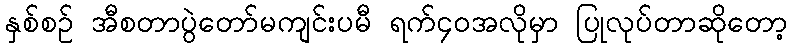
နှစ်စဉ် အီစတာပွဲတော်မကျင်းပမီ ရက်၄၀အလိုမှာ ပြုလုပ်တာဆိုတော့